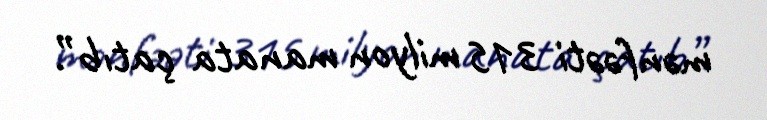
mənfəəti 315 milyon manata çatıb”.